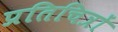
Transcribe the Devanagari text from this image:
प्रतिचित्रों